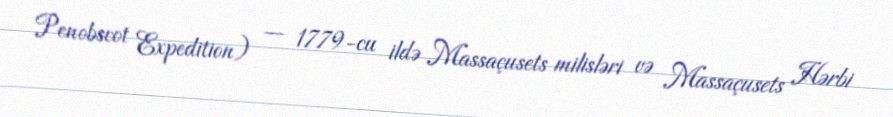
Penobscot Expedition) — 1779-cu ildə Massaçusets milisləri və Massaçusets Hərbi